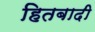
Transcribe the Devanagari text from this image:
हितबादी